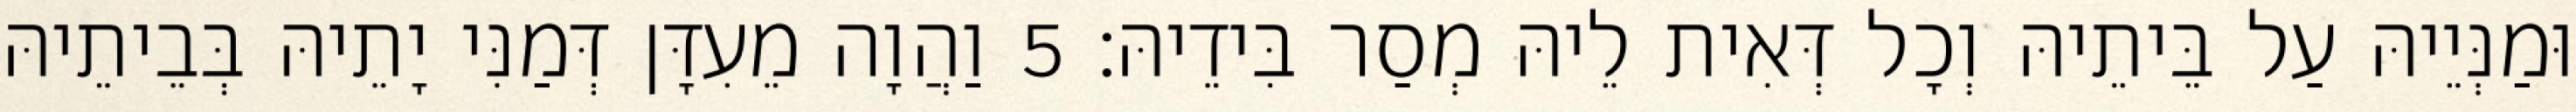
וּמַנְּיֵיהּ עַל בֵּיתֵיהּ וְכָל דְּאִית לֵיהּ מְסַר בִּידֵיהּ׃ 5 וַהֲוָה מֵעִדָּן דְּמַנִּי יָתֵיהּ בְּבֵיתֵיהּ